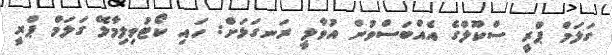
ގަލަމް ޕްރީ ސްކޫލްގެ އެއްބަސްވުން އުވާލީ ރަނގަޅަށް: ހައި ކޯޓުވިލިމާލޭ ގަލަމް ޕްރީ